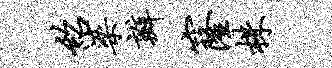
绍梁瓣窿株